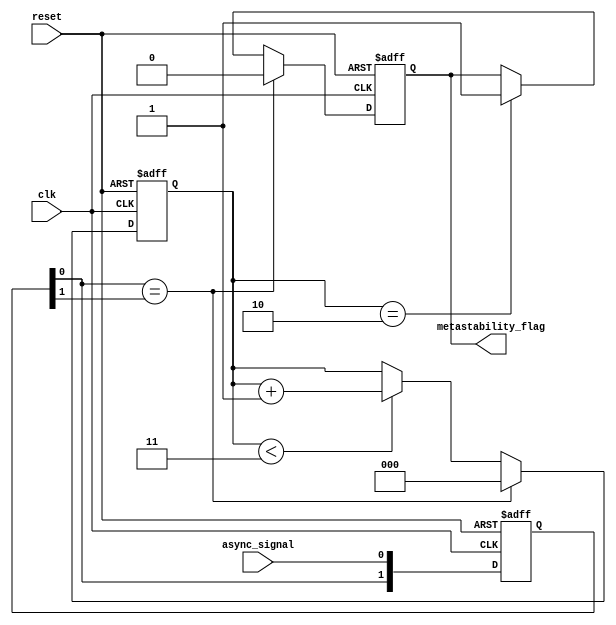
module metastability_detector (
    input wire clk,                // Clock signal
    input wire async_signal,       // Asynchronous input signal
    input wire reset,              // Optional reset signal
    output reg metastability_flag   // Output flag indicating metastability
);

// Parameters
parameter METASTABILITY_THRESHOLD = 3; // Number of clock cycles to check for metastability

// Internal signals
reg [1:0] sync_ff;                // Two-stage synchronizer
reg [2:0] metastability_counter;   // Counter for metastability detection

// Synchronizer: Two D flip-flops in series
always @(posedge clk or posedge reset) begin
    if (reset) begin
        sync_ff <= 2'b00;          // Reset synchronizer
        metastability_counter <= 3'b000; // Reset counter
        metastability_flag <= 1'b0; // Clear metastability flag
    end else begin
        sync_ff[0] <= async_signal; // Sample async signal in first FF
        sync_ff[1] <= sync_ff[0];   // Sample output of first FF in second FF

        // Metastability detection logic
        if (sync_ff[0] == sync_ff[1]) begin
            metastability_counter <= 3'b000; // Reset counter if stable
            metastability_flag <= 1'b0; // Clear flag
        end else begin
            if (metastability_counter < METASTABILITY_THRESHOLD)
                metastability_counter <= metastability_counter + 1; // Increment counter
            if (metastability_counter == METASTABILITY_THRESHOLD - 1) 
                metastability_flag <= 1'b1; // Assert flag if threshold reached
        end
    end
end

endmodule